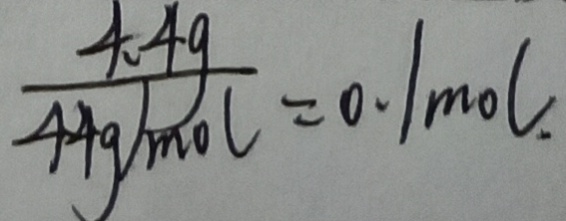
\frac { 4 . 4 g } { 4 4 g / m o l } = 0 . 1 m o l .